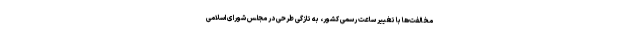
مخالفت‌ها با تغییر ساعت رسمی کشور، به تازگی طرحی در مجلس شورای اسلامی